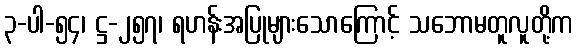
၃-ပါ-၅၄၊ ဋ္ဌ-၂၅၇၊ ရဟန်းအပြုများသောကြောင့် သဘောမတူလူတို့က